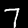
Digit: 7